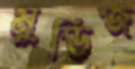
মুডিজ